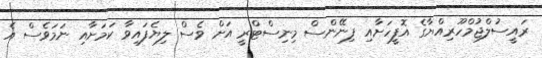
ރައީސުލްޖުމްހޫރިއްޔާގެ އޮފީހަށާއި ފިނޭންސް މިނިސްޓްރީ އަށް ވެސް ލިޔެފައިވާ ކަމަށާއި ނަމަވެސް އެ